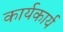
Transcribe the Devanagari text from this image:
कार्यकार्य